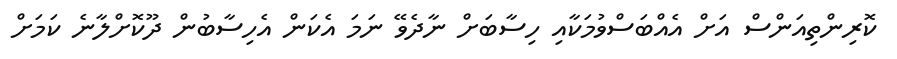
ކޮރިންތިއަންސް އަށް އެއްބަސްވުމަކާއި ހިސާބަށް ނާދެވޭ ނަމަ އެކަން އެހިސާބުން ދޫކޮށްލާނެ ކަމަށް